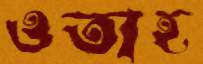
ওতাহ